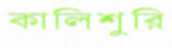
কালিশুরি